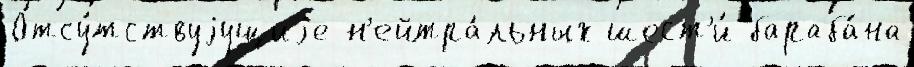
Отсу́тствуjущиjе н'ейтра́льных шест'и́ бараба́на